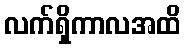
လက်ရှိကာလအထိ